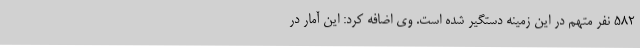
582 نفر متهم در این زمینه دستگیر شده است. وی اضافه کرد: این آمار در